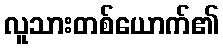
လူသားတစ်ယောက်၏